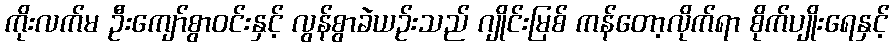
ကိုးလက်မ ဦးကျော်စွာဝင်းနှင့် လွန်စွာခဲယဉ်းသည် ဂျိုင်းမြစ် ကန်တော့လိုက်ရာ စိုက်ပျိုးရေနှင့်